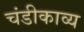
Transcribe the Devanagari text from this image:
चंडीकाव्य